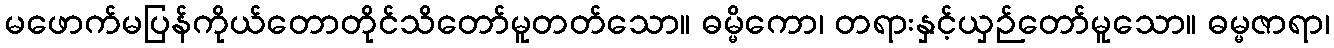
မဖောက်မပြန်ကိုယ်တောတိုင်သိတော်မူတတ်သော။ ဓမ္မိကော၊ တရားနှင့်ယှဉ်တော်မူသော။ ဓမ္မဇာရာ၊